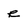
Character: e